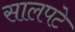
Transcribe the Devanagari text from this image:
सालपटे